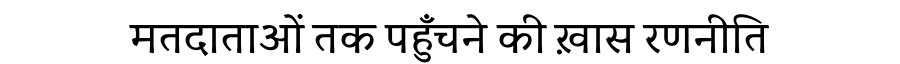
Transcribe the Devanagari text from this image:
मतदाताओं तक पहुँचने की ख़ास रणनीति